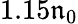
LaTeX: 1.15\mathfrak{n}_{0}